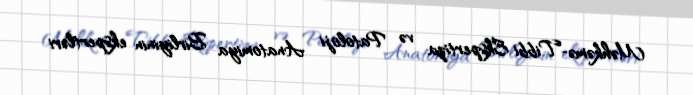
Məhkəmə-Tibbi Ekspertiza və Patoloji Anatomiya Birliyinin ekspertləri